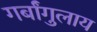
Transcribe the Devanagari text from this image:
गर्बांगुलाय